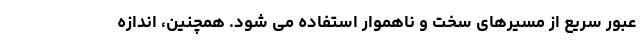
عبور سریع از مسیرهای سخت و ناهموار استفاده می شود. همچنین، اندازه